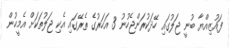
ފައުޒިއްޔާ ބުނީ ޖަލުގައި ހޭދަކުރަންޖެހުނު 3 އަހަރުގެ ތެރޭގައި އެކި ޖަލުތަކަަށް އެމީހުން